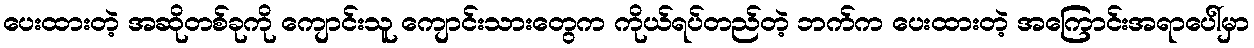
ပေးထားတဲ့ အဆိုတစ်ခုကို ကျောင်းသူ ကျောင်းသားတွေက ကိုယ်ရပ်တည်တဲ့ ဘက်က ပေးထားတဲ့ အကြောင်းအရာပေါ်မှာ